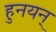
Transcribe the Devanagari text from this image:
हुनयन्